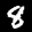
Label: 8